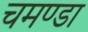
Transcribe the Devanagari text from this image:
चमण्डा